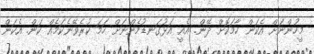
މީހުންނަށް އެކަން ހާމަކޮށް ދޭން. އެއީ އަޅުގަނޑުމެންނަށް ހަމަ ކުރެވޭނެކަމެއް ކަން. އެކަން